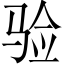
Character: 验